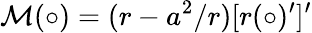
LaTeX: \mathcal{M}(\circ)=(r-a^{2}/r)[r(\circ)^{\prime}]^{\prime}